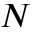
N